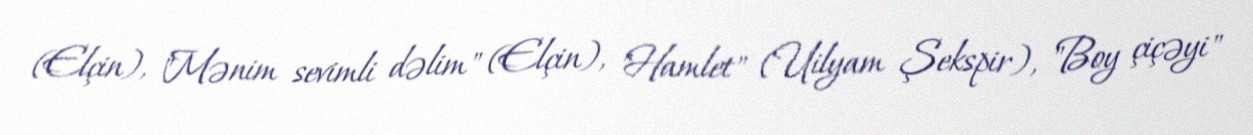
(Elçin), "Mənim sevimli dəlim" (Elçin), "Hamlet" (Uilyam Şekspir), "Boy çiçəyi"